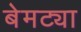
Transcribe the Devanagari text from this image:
बेमट्या